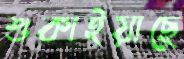
শুকাইয়াছে